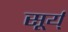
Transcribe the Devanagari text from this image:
सूर्य्